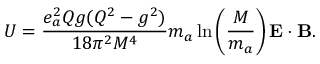
U = \frac { e _ { a } ^ { 2 } Q g ( Q ^ { 2 } - g ^ { 2 } ) } { 1 8 \pi ^ { 2 } M ^ { 4 } } m _ { a } \ln \left( \frac { M } { m _ { a } } \right) { \bf E } \cdot { \bf B } .